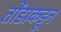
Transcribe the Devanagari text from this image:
तोंडाकडून